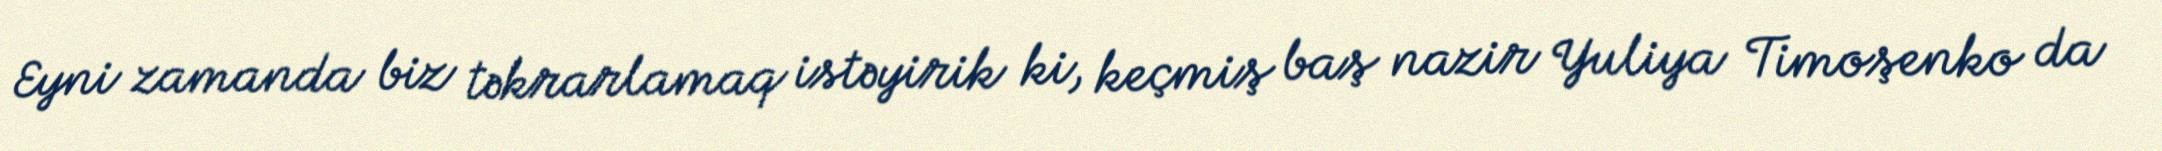
Eyni zamanda biz təkrarlamaq istəyirik ki, keçmiş baş nazir Yuliya Timoşenko da